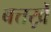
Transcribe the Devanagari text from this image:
बत्तख़ें